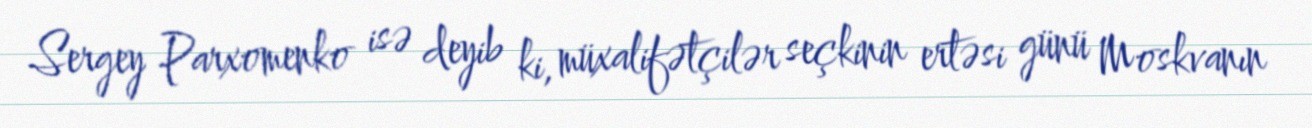
Sergey Parxomenko isə deyib ki, müxalifətçilər seçkinin ertəsi günü Moskvanın